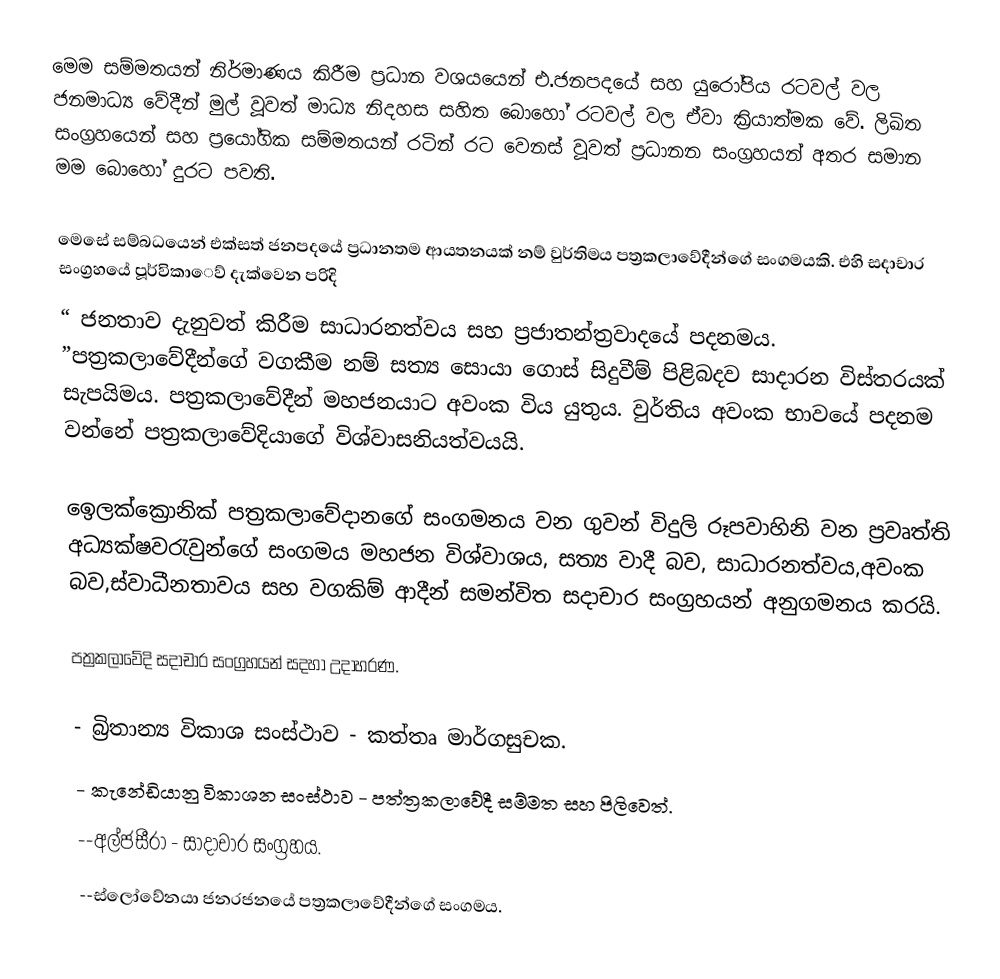
මෙම සම්මතයන් නිර්මාණය කිරීම ප්‍රධාන වශයයෙන් එ.ජනපදයේ සහ යුරෝපිය රටවල් වල ජනමාධ්‍ය වේදීන් මුල් වූවත් මාධ්‍ය නිදහස සහිත බොහෝ රටවල් වල ඒවා ක්‍රියාත්මක වේ. ලිඛිත සංග්‍රහයෙන් සහ ප්‍රයෝගික සම්මතයන් රටින් රට වෙනස් වූවත් ප්‍රධානන සංග්‍රහයන් අතර සමාන මම බොහෝ දුරට පවති.

මෙසේ සම්බධයෙන් එක්සත් ජනපදයේ ප්‍රධානතම ආයතනයක් නම් වුර්තිමය පත්‍රකලාවේදීන්ගේ සංගමයකි. එහි සදාචාර සංග්‍රහයේ පූර්විකාෙව් දැක්වෙන පරිදි
    “ ජනතාව දැනුවත් කිරීම සාධාරනත්වය සහ ප්‍රජාතන්ත්‍රවාදයේ පදනමය. ”පත්‍රකලාවේදීන්ගේ වගකීම නම් සත්‍ය සොයා ගොස් සිදුවීම්  පිළිබදව සාදාරන විස්තරයක් සැපයිමය. පත්‍රකලාවේදීන් මහජනයාට අවංක විය යුතුය. වුර්තිය අවංක භාවයේ පදනම වන්නේ පත්‍රකලාවේදියාගේ විශ්වාසනියත්වයයි.

ඉෙලක්ක්‍රොනික් පත්‍රකලාවේදානගේ සංගමනය වන ගුවන් විදුලි රූපවාහිනි වන ප්‍රවෘත්ති අධ්‍යක්ෂවරැවුන්ගේ සංගමය මහජන විශ්වාශය, සත්‍ය වාදී බව,  සාධාරනත්වය,අවංක බව,ස්වාධීනතාවය සහ වගකිම් ආදීන් සමන්විත සදාචාර සංග්‍රහයන් අනුගමනය කරයි.

පත්‍රකලාවේදි සදාචාර සංග්‍රහයන් සදහා උදාහරණ.

- බ්‍රිතාන්‍ය විකාශ සංස්ථාව - කත්තෘ මාර්ගසුචක.
-  කැනේඩියානු විකාශන සංස්ථාව - පත්ත්‍රකලාවේදී සම්මත සහ පිලිවෙත්.
--අල්ජසීරා - සාදාචාර සංග්‍රහය.
--ස්ලෝවේනයා ජනරජනයේ පත්‍රකලාවේදීන්ගේ සංගමය.